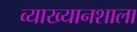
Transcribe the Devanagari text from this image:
व्याख्यानशाला